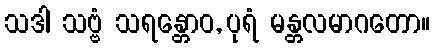
သဒါ သဗ္ဗံ သရန္တောဝ, ပုရံ မန္တလမာဂတော။